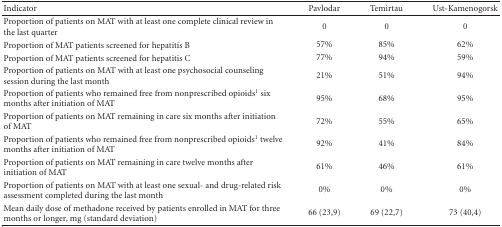
<table><thead><tr><td><b>Indicator</b></td><td><b>Pavlodar</b></td><td><b>Temirtau</b></td><td><b>Ust-Kamenogorsk</b></td></tr></thead><tbody><tr><td>Proportion of patients on MAT with at least one complete clinical review in the last quarter</td><td>0</td><td>0</td><td>0</td></tr><tr><td>Proportion of MAT patients screened for hepatitis B</td><td>57%</td><td>85%</td><td>62%</td></tr><tr><td>Proportion of MAT patients screened for hepatitis C</td><td>77%</td><td>94%</td><td>59%</td></tr><tr><td>Proportion of patients on MAT with at least one psychosocial counseling session during the last month</td><td>21%</td><td>51%</td><td>94%</td></tr><tr><td>Proportion of patients who remained free from nonprescribed opioids<sup>1</sup> six months after initiation of MAT</td><td>95%</td><td>68%</td><td>95%</td></tr><tr><td>Proportion of patients on MAT remaining in care six months after initiation of MAT</td><td>72%</td><td>55%</td><td>65%</td></tr><tr><td>Proportion of patients who remained free from nonprescribed opioids<sup>1</sup> twelve months after initiation of MAT</td><td>92%</td><td>41%</td><td>84%</td></tr><tr><td>Proportion of patients on MAT remaining in care twelve months after initiation of MAT</td><td>61%</td><td>46%</td><td>61%</td></tr><tr><td>Proportion of patients on MAT with at least one sexual- and drug-related risk assessment completed during the last month</td><td>0%</td><td>0%</td><td>0%</td></tr><tr><td>Mean daily dose of methadone received by patients enrolled in MAT for three months or longer, mg (standard deviation)</td><td>66 (23,9)</td><td>69 (22,7)</td><td>73 (40,4)</td></tr></tbody></table>